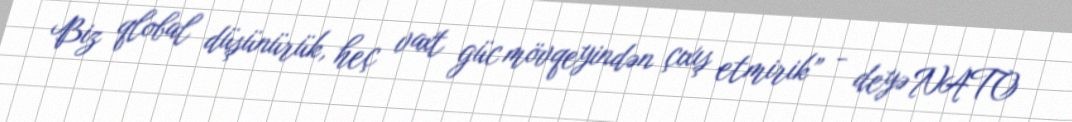
Biz qlobal düşünürük, heç vaxt güc mövqeyindən çıxış etmirik” - deyə NATO